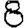
Digit: 8